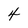
Character: 4